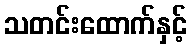
သတင်းထောက်နှင့်